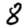
Digit: 8